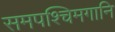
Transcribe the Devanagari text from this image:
समपश्चिमगानि